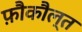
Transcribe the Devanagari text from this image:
फ़ौकौल्त